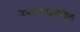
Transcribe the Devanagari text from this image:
उपकरणांमधील